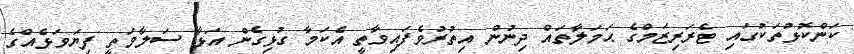
ކަންކޮޅުތަކުގައި ޓެރަރިޒަމްގެ ޙަމަލާތައް ދިނުން އިތުރުވެފައިވާތީ އެކަމާ ގުޅިގެން އަޅާ ސަލާމަތީ ފިޔަވަޅެއްގެ